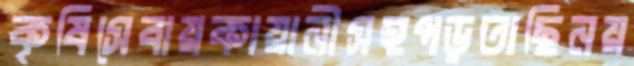
কৃষিসেবায়কায়ানীসহপড়তাছিনয়